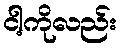
ငါ့ကိုလည်း